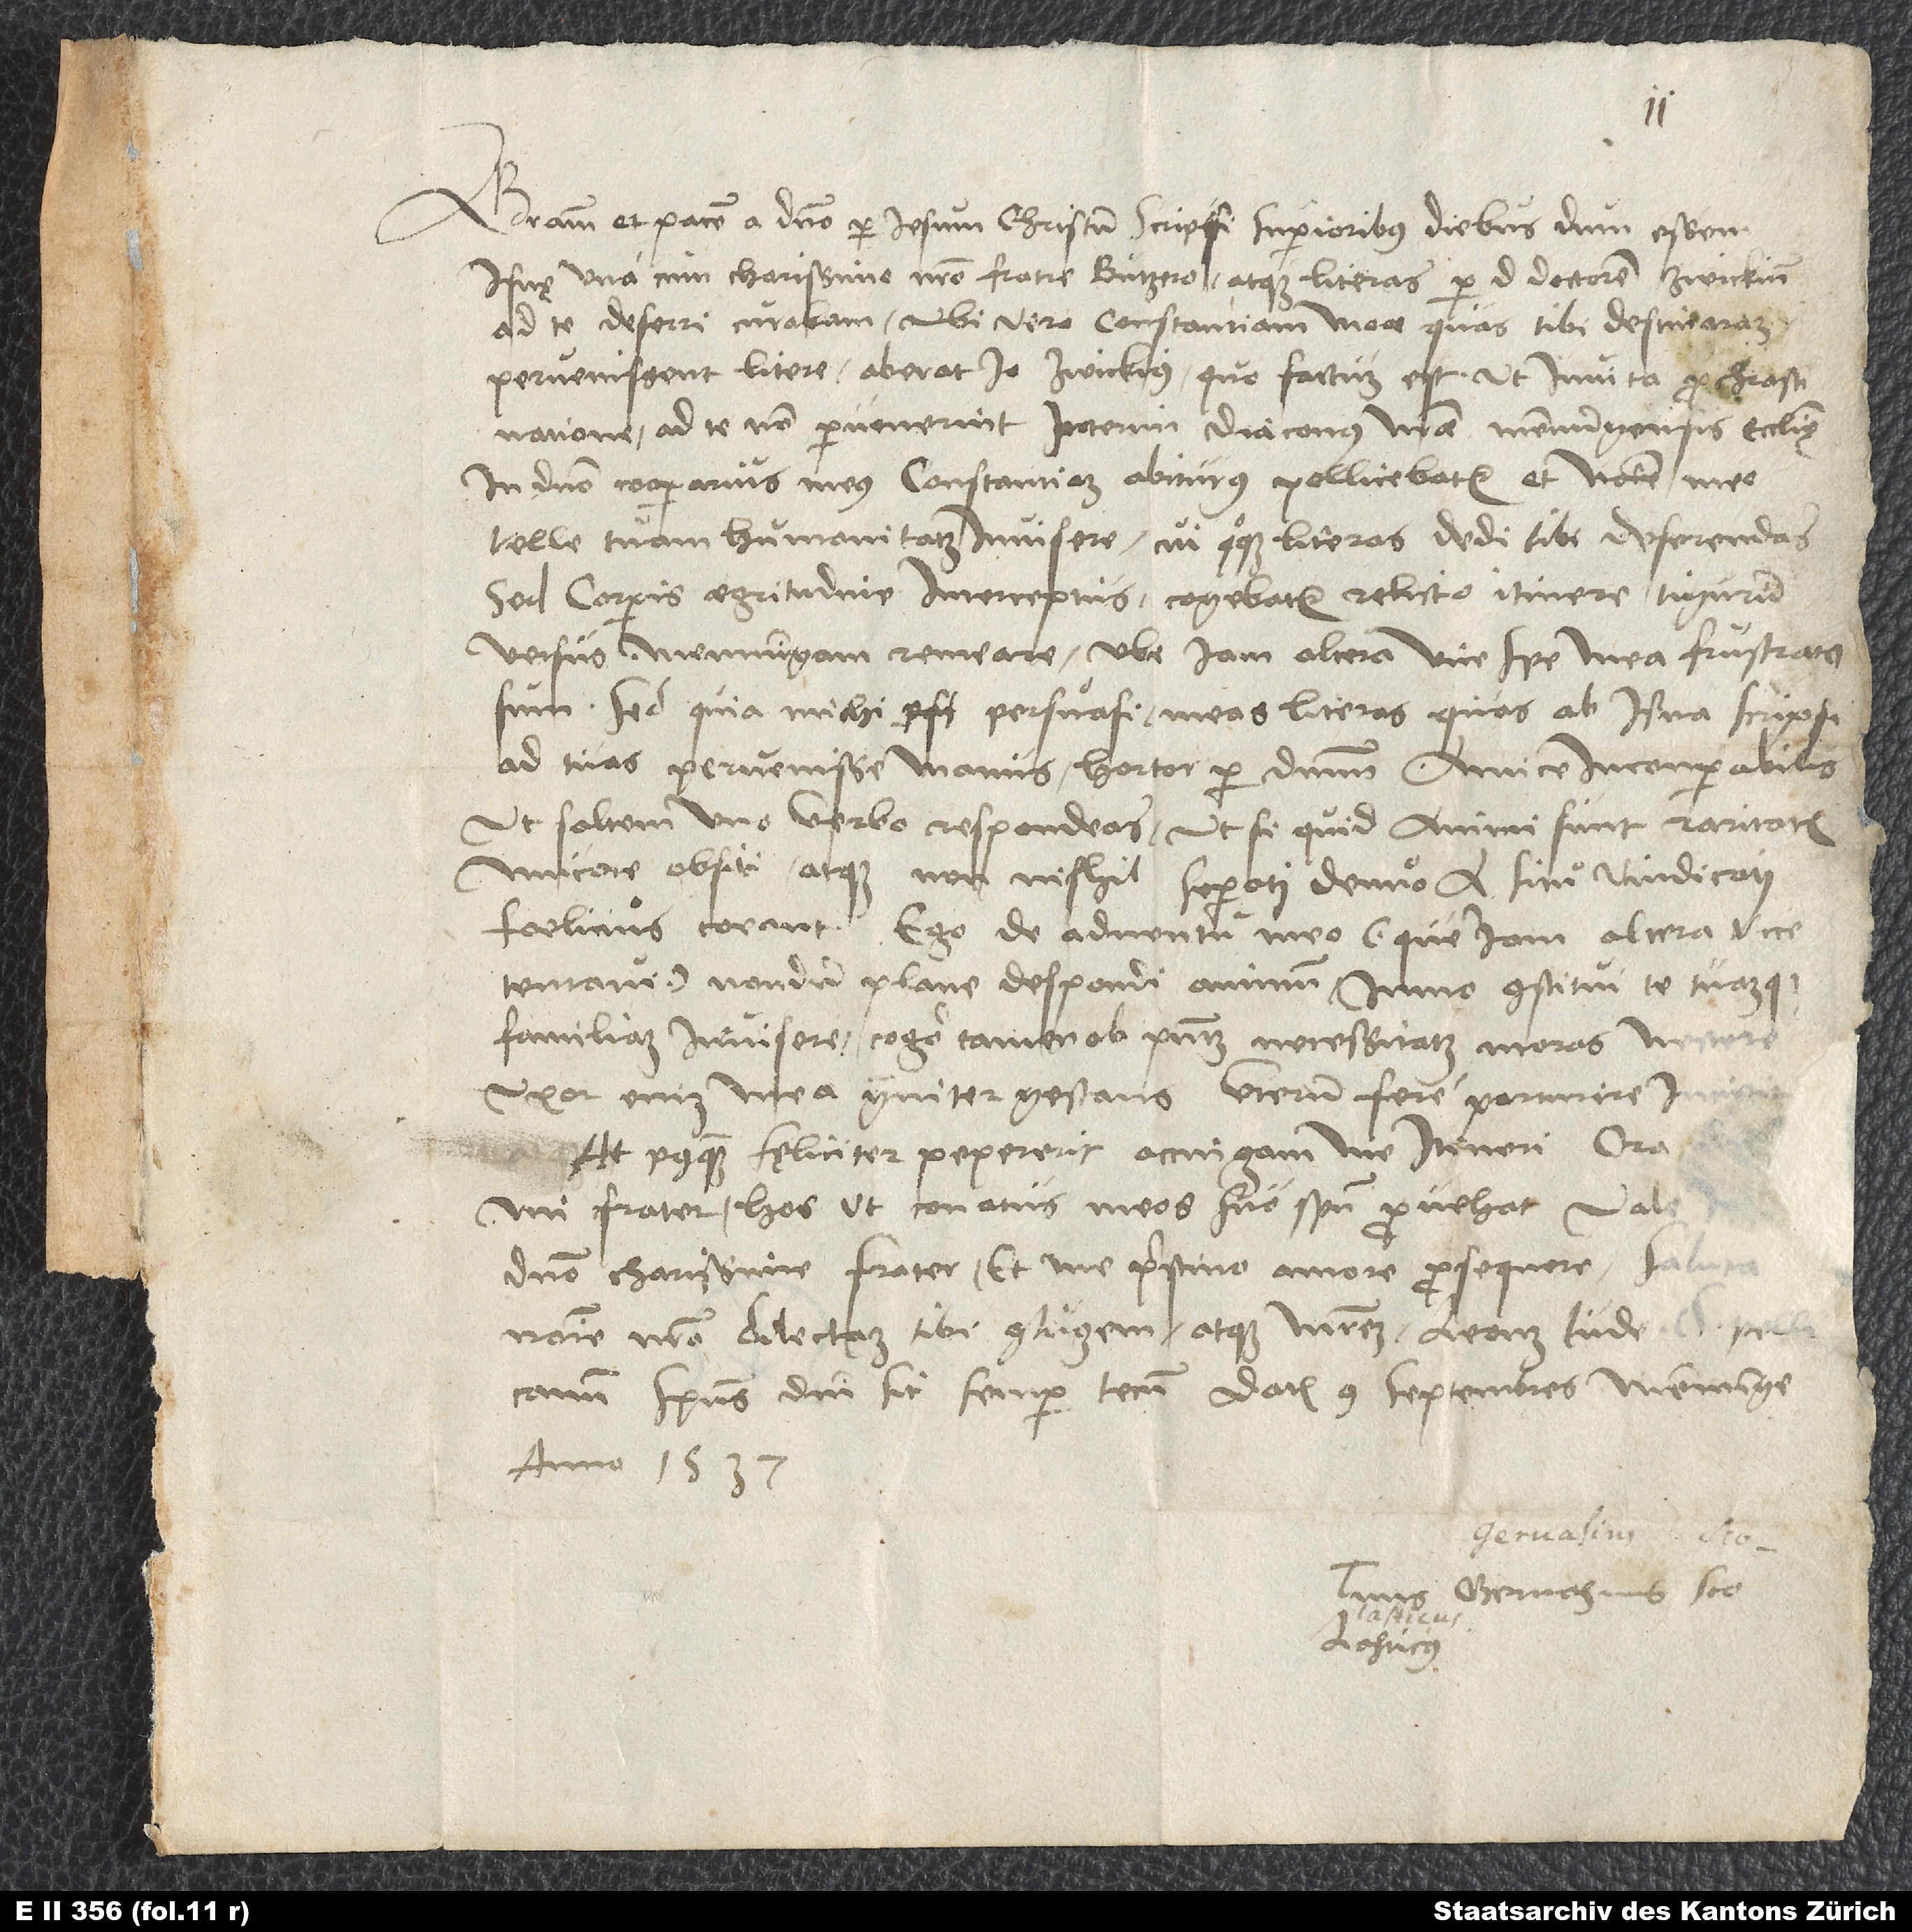
Gratiam et pacem a domino per Iesum Christum. Scripsi superioribus diebus, dum essem
Isnę una cum charissimo nostro fratre Butzero, atque literas per d Zwickius,
ad te non pervenerint. Interim diaconus nostrae Memmingensis ecclesiae,
in domino cooperarius meus, Constantiam abiturus pollicebatur et nomine meo
velle tuam humanitatem invisere, cui quoque literas dedi tibi deferendas.
Sed corporis aegritudine interceptus cogebatur relicto itinere Tigurum
versus Memingam remeare, ubi iam altera vice spe mea frustratus
sum. Sed quia michi persuasi meas literas, quas ab Isna scripsi,
ad tuas pervenisse manus, hortor per dominum, amice incomparabilis,
ut saltem uno verbo respondeas, ut, si quid animi sunt raritatis
mucore obsiti atque non nichil superati, denuo a situ vindicati
foelicius coeant. Ego de adventu meo (quem iam altera vice
tentavi) nondum plane despondi animum, immo constitui te tuamque
familiam invisere. Cogor tamen ob praesentem necessitatem moras nectere.
Uxor enim mea graviter gestans uterum fere parturire
At postquam fęliciter pepererit, accingam me itineri. Ora
mi frater, hos ut conatus meos suo spiritu provehat. Vale
domino, charissime frater, et me pristino amore prosequere. Saluta
nomine nostro dilectam tibi coniugem atque matrem, Leonem Iude et Pellicanum.
Spiritus domini sit semper tecum. Datum 9. septembris, Memminge,
anno 1537.
Tuus Gervasius